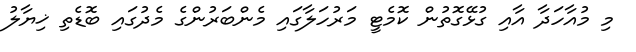
މި މުއާހަދާ އާއި ގުޅޭގޮތުން ކޮމެޓީ މަރުހަލާގައި މެންބަރުންގެ މެދުގައި ބޮޑެތި ޚިޔާލު